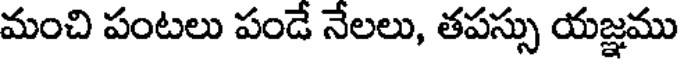
మంచి పంటలు పండే నేలలు, తపస్సు యజ్ఞము